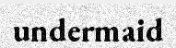
undermaid